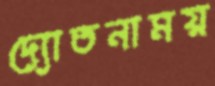
দ্যোতনাময়